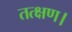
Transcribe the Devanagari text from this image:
तत्क्षण।